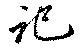
記